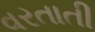
વરતાતી